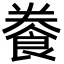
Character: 餋